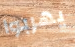
يهربوا